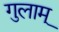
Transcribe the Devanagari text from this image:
गुलाम्